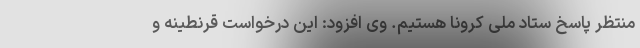
منتظر پاسخ ستاد ملی کرونا هستیم. وی افزود: این درخواست قرنطینه و